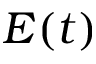
E ( t )